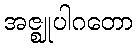
အဇ္ဈုပါဂတော